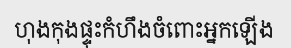
ហុងកុងផ្ទុះកំហឹងចំពោះអ្នកឡើង